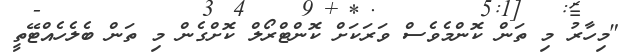
"މިހާރު މި ތަން ކޮންމެވެސް ވަރަކަށް ކޮންޓްރޯލް ކޮށްގެން މި ތަން ބެލެހެއްޓޭތީ